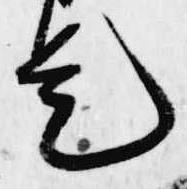
是